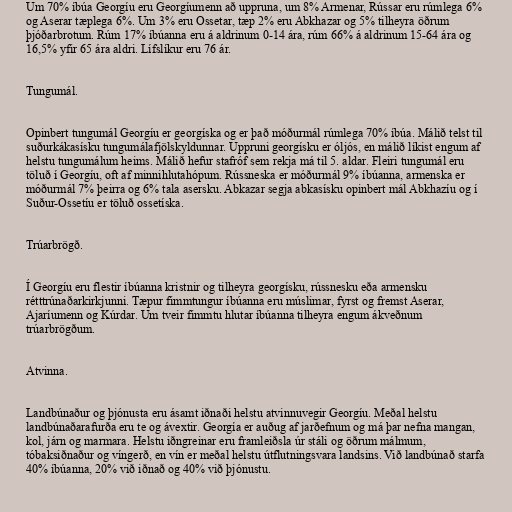
Um 70% íbúa Georgíu eru Georgíumenn að uppruna, um 8% Armenar, Rússar eru rúmlega 6%
og Aserar tæplega 6%. Um 3% eru Ossetar, tæp 2% eru Abkhazar og 5% tilheyra öðrum
þjóðarbrotum. Rúm 17% íbúanna eru á aldrinum 0-14 ára, rúm 66% á aldrinum 15-64 ára og
16,5% yfir 65 ára aldri. Lífslíkur eru 76 ár.

Tungumál.

Opinbert tungumál Georgíu er georgíska og er það móðurmál rúmlega 70% íbúa. Málið telst til
suðurkákasísku tungumálafjölskyldunnar. Uppruni georgísku er óljós, en málið líkist engum af
helstu tungumálum heims. Málið hefur stafróf sem rekja má til 5. aldar. Fleiri tungumál eru
töluð í Georgíu, oft af minnihlutahópum. Rússneska er móðurmál 9% íbúanna, armenska er
móðurmál 7% þeirra og 6% tala asersku. Abkazar segja abkasísku opinbert mál Abkhazíu og í
Suður-Ossetíu er töluð ossetíska.

Trúarbrögð.

Í Georgíu eru flestir íbúanna kristnir og tilheyra georgísku, rússnesku eða armensku
rétttrúnaðarkirkjunni. Tæpur fimmtungur íbúanna eru múslimar, fyrst og fremst Aserar,
Ajaríumenn og Kúrdar. Um tveir fimmtu hlutar íbúanna tilheyra engum ákveðnum
trúarbrögðum.

Atvinna.

Landbúnaður og þjónusta eru ásamt iðnaði helstu atvinnuvegir Georgíu. Meðal helstu
landbúnaðarafurða eru te og ávextir. Georgía er auðug af jarðefnum og má þar nefna mangan,
kol, járn og marmara. Helstu iðngreinar eru framleiðsla úr stáli og öðrum málmum,
tóbaksiðnaður og víngerð, en vín er meðal helstu útflutningsvara landsins. Við landbúnað starfa
40% íbúanna, 20% við iðnað og 40% við þjónustu.